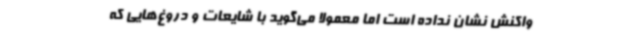
واکنش نشان نداده است اما معمولاً می‌گوید با شایعات و دروغ‌هایی که